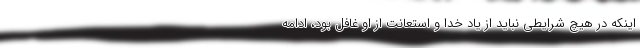
اینکه در هیچ شرایطی نباید از یاد خدا و استعانت از او غافل بود، ادامه